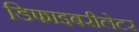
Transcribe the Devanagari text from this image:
डिफाइबरीलेटर